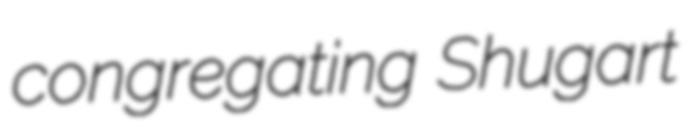
congregating Shugart